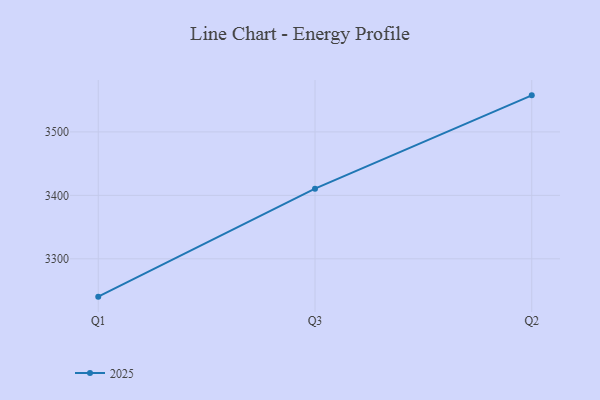
{"axis": {"x": "Quarter", "y": "Page Views"}, "legend": ["2025"], "data": [{"x": "Q1", "y": 3240.4, "type": "2025"}, {"x": "Q3", "y": 3410.5, "type": "2025"}, {"x": "Q2", "y": 3557.6, "type": "2025"}]}